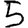
Digit: 5